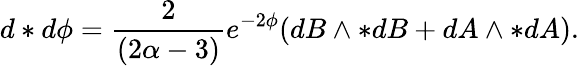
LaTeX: d*d\phi=\frac{2}{(2\alpha-3)}e^{-2\phi}(dB\wedge*dB+dA\wedge*dA).